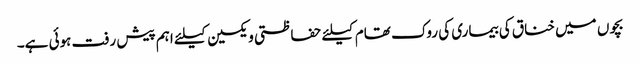
بچوں میں خناق کی بیماری کی روک تھام کیلئے حفاظتی ویکسین کیلئے اہم پیش رفت ہوئی ہے۔